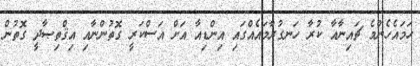
ހަމައެހެންމެ ޗައިނާއާ ކުރާ ހަނގުރާމައެއްގައި އިންޑިއާ އަށް އަސްކަރީ ގޮތުންނާއި އިޤްތިޞާދީ ގޮތުން